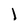
Character: l